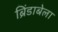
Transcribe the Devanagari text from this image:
ब्रिंडाबेला